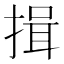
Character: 揖